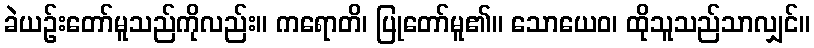
ခဲယဉ်းတော်မူသည်ကိုလည်း။ ကရောတိ၊ ပြုတော်မူ၏။ သောယေဝ၊ ထိုသူသည်သာလျှင်။